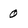
Character: 0